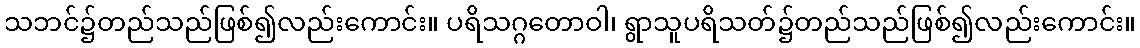
သဘင်၌တည်သည်ဖြစ်၍လည်းကောင်း။ ပရိသဂ္ဂတောဝါ၊ ရွာသူပရိသတ်၌တည်သည်ဖြစ်၍လည်းကောင်း။